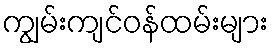
ကျွမ်းကျင်ဝန်ထမ်းများ